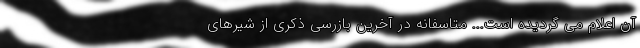
آن اعلام می گردیده است... متاسفانه در آخرین بازرسی ذکری از شیرهای